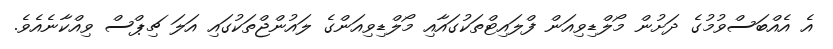
އެ އެއްބަސްވުމުގެ ދަށުން މޯލްޑިވިއަން ފްލައިޓްތަކުގައާއި މޯލްޑިވިއަންގެ ލައުންޖްތަކުގައި އަލަ ޗިޕްސް ވިއްކާނެއެވެ.